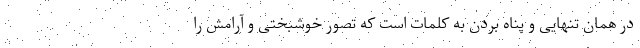
در همان تنهایی و پناه بردن به کلمات است که تصور خوشبختی و آرامش را